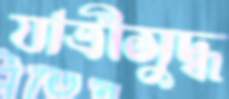
যাত্রীসুদ্ধ